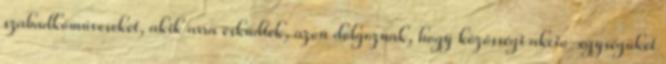
szabadkőműveseket, akik arra esküdtek, azon dolgoznak, hogy közösségi akció-egysé­gü­ket